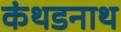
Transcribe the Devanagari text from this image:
कंथडनाथ